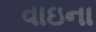
વાઇના